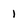
Character: 1